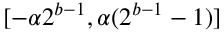
[ - \alpha 2 ^ { b - 1 } , \alpha ( 2 ^ { b - 1 } - 1 ) ]